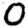
Digit: 0